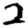
Digit: 2